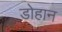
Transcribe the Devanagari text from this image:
डोहान